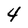
Character: 4